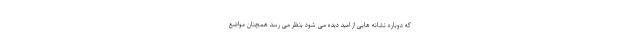
که دوباره نشانه هایی از امید دیده می شود بنظر می رسد همچنان مواضع